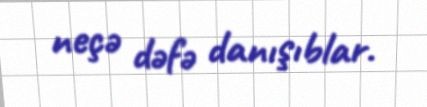
neçə dəfə danışıblar.